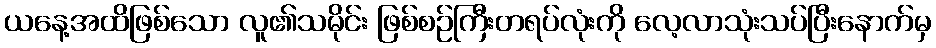
ယနေ့အထိဖြစ်သော လူ၏သမိုင်း ဖြစ်စဉ်ကြီးတရပ်လုံးကို လေ့လာသုံးသပ်ပြီးနောက်မှ